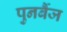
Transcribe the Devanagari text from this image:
पुनर्बैज